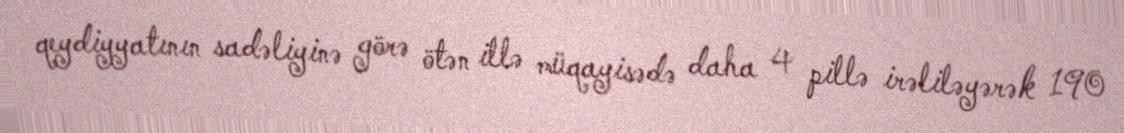
qeydiyyatının sadəliyinə görə ötən illə müqayisədə daha 4 pillə irəliləyərək 190